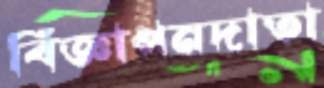
বিজ্ঞাপনদাতা